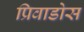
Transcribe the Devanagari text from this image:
प्रिवाडोस